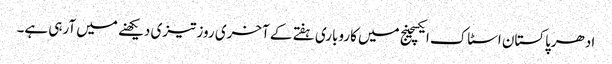
ادھرپاکستان اسٹاک ایکسچینج میں کاروباری ہفتے کے آخری روز تیزی دیکھنے میں آرہی ہے۔